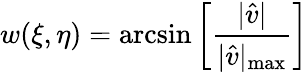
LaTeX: w(\xi,\eta)=\arcsin{\left[\frac{\lvert\hat{v}\rvert}{\lvert\hat{v}\rvert_{\operatorname*{max}}}\right]}